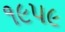
૧૯૫૯